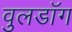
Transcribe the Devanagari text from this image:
वुलडॉग